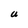
Character: U